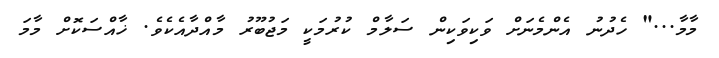
މާމާ..." ހެދުނު އެންމެނަށް ވަކިވަކިން ސަލާމް ކުރުމަކީ މަޖުބޫރު މާއްދާއެކެވެ. ޚާއްސަކޮށް މާމަ